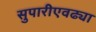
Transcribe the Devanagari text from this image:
सुपारीएवढ्या